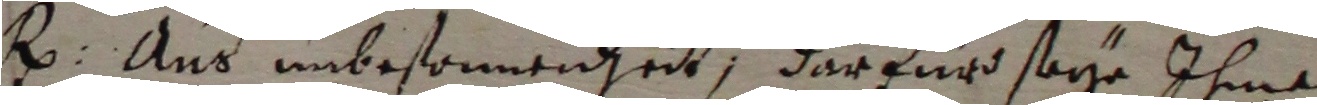
R: Aus unbesonnenheit, darfürd seye Ihme